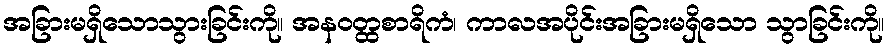
အခြားမရှိသောသွားခြင်းကို။ အနဝတ္ထစာရိကံ၊ ကာလအပိုင်းအခြားမရှိသော သွာခြင်းကို။